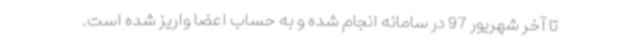
تا آخر شهریور 97 در سامانه انجام شده و به حساب اعضا واریز شده است.